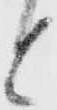
と